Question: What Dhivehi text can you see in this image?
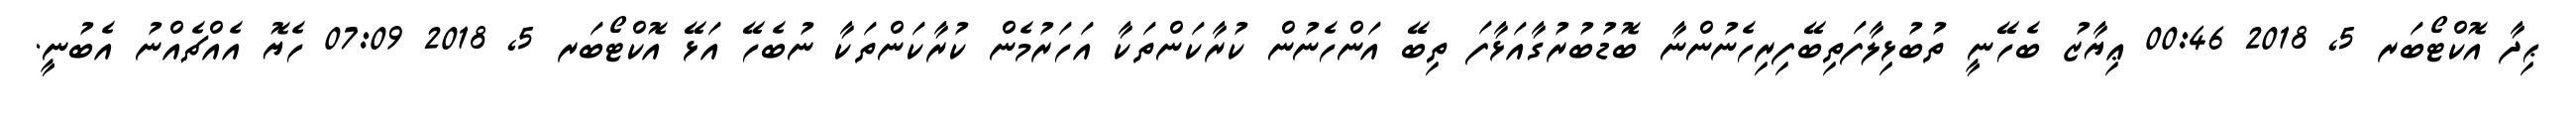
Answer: ޙިދާ އޮކްޓޯބަރ 5, 2018 00:46 ޢިޔާޒު ބެހޭނީ ތުބުޅިލާފަތިބޭފިރިހެނުންނާ ބޮޑުބުރުގާއަޅާފަ ތިބޭ އަންހެނުން ކުރާކަންތަކާ އަހަރުމެން ކުރާކަންތަކާ ނުބެހޭ އަޅޭ އޮކްޓޯބަރ 5, 2018 07:09 ހެޔޮ އެއްޗެއްނު އެބުނީ.